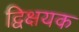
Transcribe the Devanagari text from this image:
द्विक्षयक